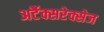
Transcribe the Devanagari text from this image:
अर्टैक्सरेक्सेज